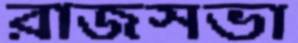
রাজসভা